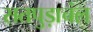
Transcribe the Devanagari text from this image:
सतपुड़ाचंल